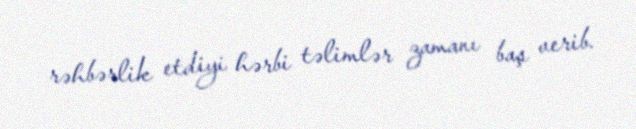
rəhbərlik etdiyi hərbi təlimlər zamanı baş verib.